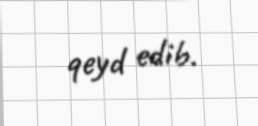
qeyd edib.